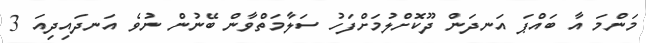
މަންމަ އާ ބައްޕަ އަނދަން ދޫކޮށްލުމަށްފަހު ސަލާމަތްވާން ބޭނުން ނުވެ އަނދައިދިއަ 3